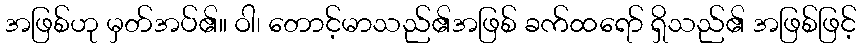
အဖြစ်ဟု မှတ်အပ်၏။ ဝါ၊ တောင့်မာသည်၏အဖြစ် ခက်ထရော် ရှိသည်၏ အဖြစ်ဖြင့်